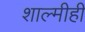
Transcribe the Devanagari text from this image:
शाल्मीही